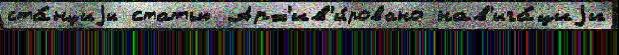
ста́нциjи статью Арх'ив'и́ровано нав'ига́циjи